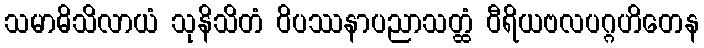
သမာဓိသိလာယံ သုနိသိတံ ဝိပဿနာပညာသတ္ထံ ဝီရိယဗလပဂ္ဂဟိတေန